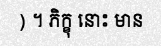
) ។ ភិក្ខុ នោះ មាន